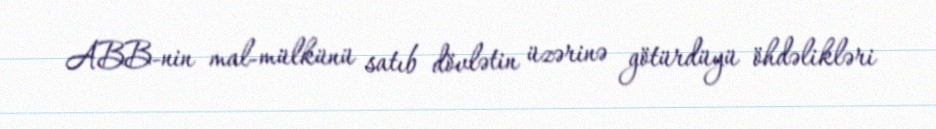
ABB-nin mal-mülkünü satıb dövlətin üzərinə götürdüyü öhdəlikləri